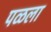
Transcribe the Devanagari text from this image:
पळला